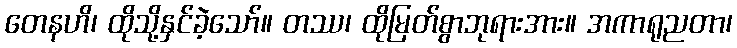
တေနဟိ၊ ထိုသို့နှင်ခဲ့သော်။ တဿ၊ ထိုမြတ်စွာဘုရားအား။ အကာရုညတာ၊